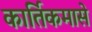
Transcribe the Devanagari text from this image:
कार्तिकमासे